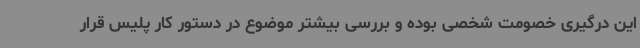
این درگیری خصومت شخصی بوده و بررسی بیشتر موضوع در دستور کار پلیس قرار